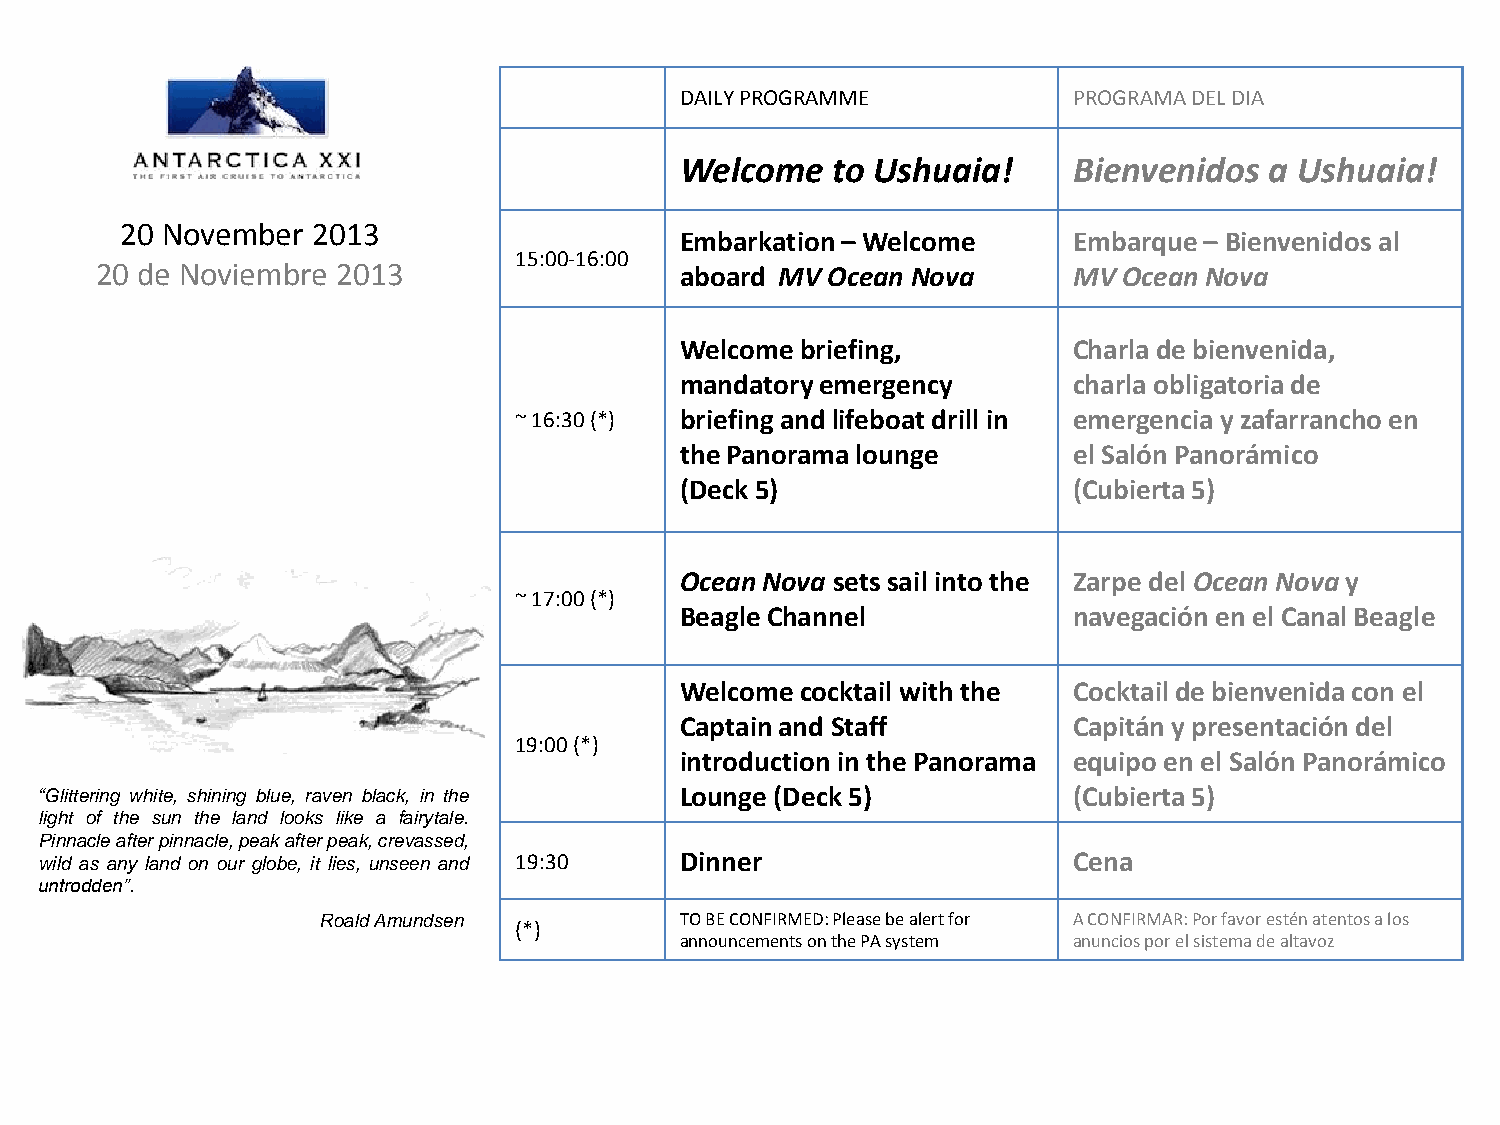
DAILY PROGRAMME           PROGRAMA DEL DIA
 Welcome   to Ushuaia!     Bienvenidos  a Ushuaia!
 20 November  2013
 Embarkation – Welcome     Embarque – Bienvenidos al
 15:00-16:00
 20 de Noviembre 2013                   aboard MV Ocean Nova      MV Ocean Nova
 Welcome briefing,         Charla de bienvenida,
 mandatory emergency       charla obligatoria de
 ~ 16:30 (*) briefing and lifeboat drill in emergencia y zafarrancho en
 the Panorama lounge       el Salón Panorámico
 (Deck 5)                  (Cubierta 5)
 Ocean Nova sets sail into the Zarpe del Ocean Nova y
 ~ 17:00 (*)
 Beagle Channel            navegación en el Canal Beagle
 Welcome cocktail with the Cocktail de bienvenida con el
 Captain and Staff         Capitán y presentación del
 19:00 (*)
 introduction in the Panorama equipo en el Salón Panorámico
 “Glittering white, shining blue, raven black, in the Lounge (Deck 5) (Cubierta 5)
 light of the sun the land looks like a fairytale.
 Pinnacle after pinnacle, peak after peak, crevassed,
 wild as any land on our globe, it lies, unseen and 19:30 Dinner     Cena
 untrodden”.
 Roald Amundsen          TO BE CONFIRMED: Please be alert for A CONFIRMAR: Por favor estén atentos a los
 (*)
 announcements on the PA system anuncios por el sistema de altavoz